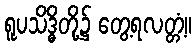
ရူပသိဒ္ဓိတို့၌ တွေ့ရလတ္တံ့။